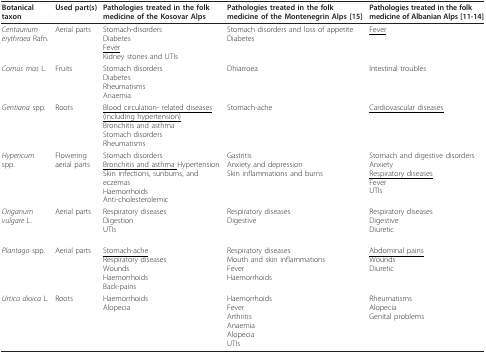
<table><thead><tr><td><b>Botanical taxon</b></td><td><b>Used part(s)</b></td><td><b>Pathologies treated in the folk medicine of the Kosovar Alps</b></td><td><b>Pathologies treated in the folk medicine of the Montenegrin Alps [15]</b></td><td><b>Pathologies treated in the folk medicine of Albanian Alps [11-14]</b></td></tr></thead><tbody><tr><td><i>Centaurium erythraea </i>Rafn.</td><td>Aerial parts</td><td>Stomach-disordersDiabetes<underline>Fever</underline>Kidney stones and UTIs</td><td>Stomach disorders and loss of appetiteDiabetes</td><td><underline>Fever</underline></td></tr><tr><td><i>Cornus mas </i>L.</td><td>Fruits</td><td>Stomach disordersDiabetesRheumatismsAnaemia</td><td>Dhiarroea</td><td>Intestinal troubles</td></tr><tr><td><i>Gentiana </i>spp.</td><td>Roots</td><td><underline>Blood circulation- related diseases (including hypertension)</underline>Bronchitis and asthmaStomach disordersRheumatisms</td><td>Stomach-ache</td><td><underline>Cardiovascular diseases</underline></td></tr><tr><td><i>Hypericum </i>spp.</td><td>Flowering aerial parts</td><td>Stomach disorders<underline>Bronchitis and asthma </underline>HypertensionSkin infections, sunburns, and eczemasHaemorrhoidsAnti-cholesterolemic</td><td>GastritisAnxiety and depressionSkin inflammations and burns</td><td>Stomach and digestive disordersAnxiety<underline>Respiratory diseases</underline>FeverUTIs</td></tr><tr><td><i>Origanum vulgare </i>L.</td><td>Aerial parts</td><td>Respiratory diseasesDigestionUTIs</td><td>Respiratory diseasesDigestive</td><td>Respiratory diseasesDigestiveDiuretic</td></tr><tr><td><i>Plantago </i>spp.</td><td>Aerial parts</td><td><underline>Stomach-ache</underline>Respiratory diseasesWoundsHaemorrhoidsBack-pains</td><td>Respiratory diseasesMouth and skin inflammationsFeverHaemorrhoids</td><td><underline>Abdominal pains</underline>WoundsDiuretic</td></tr><tr><td><i>Urtica dioica </i>L.</td><td>Roots</td><td>HaemorrhoidsAlopecia</td><td>HaemorrhoidsFeverArthritisAnaemiaAlopeciaUTIs</td><td>RheumatismsAlopeciaGenital problems</td></tr></tbody></table>